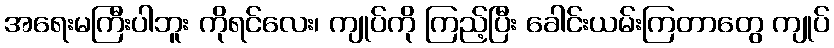
အရေးမကြီးပါဘူး ကိုရင်လေး၊ ကျုပ်ကို ကြည့်ပြီး ခေါင်းယမ်းကြတာတွေ ကျုပ်